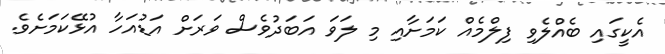
އެކީގައި ބެއްލެވި ފިލްމެއް ކަމަށާއި މި ލަވަ އަބަދުވެސް ވަރަށް އަޑުއަހާ އުޅޭކަމަށެވެ.